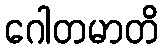
ဂေါတမာတိ